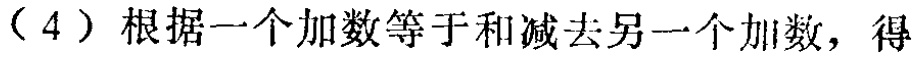
（4）根据一个加数等于和减去另一个加数，得